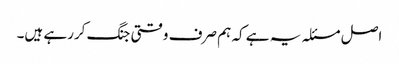
اصل مسئلہ یہ ہے کہ ہم صرف وقتی جنگ کررہے ہیں۔